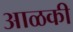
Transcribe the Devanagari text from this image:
आळकी